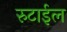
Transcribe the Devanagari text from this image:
रुटाईल